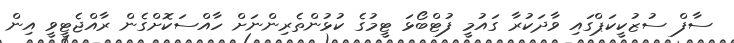
ސާފް ސުޒުކީކަޕްގައި ވާދަކުރާ ގައުމީ ފުޓްބޯޅަ ޓީމުގެ ކުޅުންތެރިންނަށް ހާއްސަކޮށްގެން ރާއްޖެޓީވީ އިން